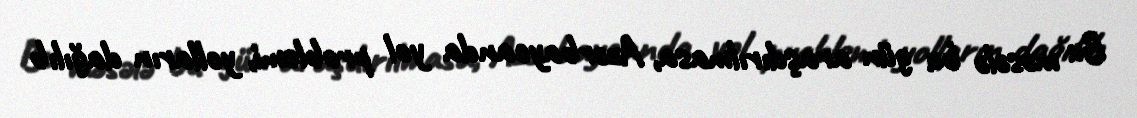
Bu məsələ bu gün araşdırılmasa, Azərbaycanda yol problemi, yolların dağılıb